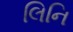
લિનિ